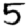
Digit: 5